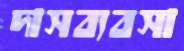
দাসব্যবসা